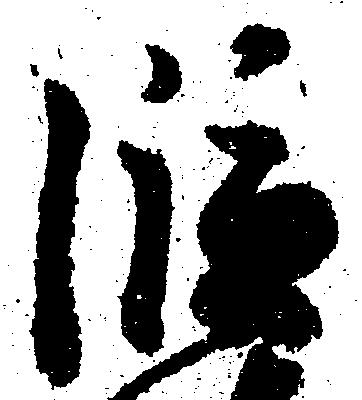
段